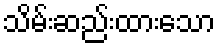
သိမ်းဆည်းထားသော